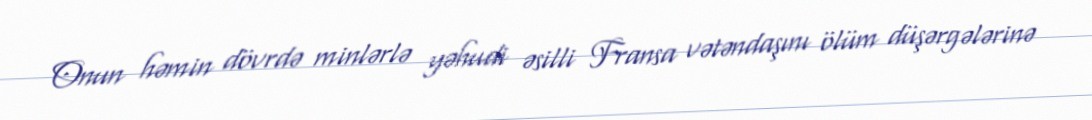
Onun həmin dövrdə minlərlə yəhudi əsilli Fransa vətəndaşını ölüm düşərgələrinə